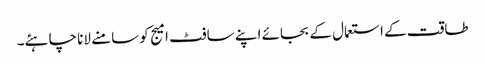
طاقت کے استعمال کے بجائے اپنے سافٹ امیج کو سامنے لانا چاہئے۔